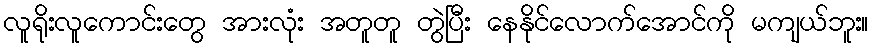
လူရိုးလူကောင်းတွေ အားလုံး အတူတူ တွဲပြီး နေနိုင်လောက်အောင်ကို မကျယ်ဘူး။